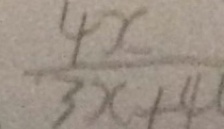
\frac { 4 x } { 3 x + 4 }